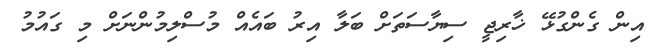
އިން ގެންގުޅޭ ޚާރިޖީ ސިޔާސަތަށް ބަލާ އިރު ބައެއް މުސްލިމުންނަށް މި ގައުމު